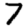
Digit: 7